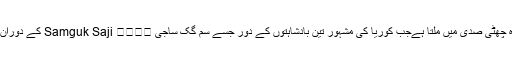
ماضی میں اس جزیرہ کا پہلا تزکرہ چھٹی صدی میں ملتا ہےجب کوریا کی مشہور تین بادشاہتوں کے دور جسے سم گُک ساجی Samguk Saji 삼국사기 کے دوران یہ جزیرہ کوریا میں شمار ہوتا تھا۔